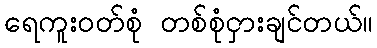
ရေကူးဝတ်စုံ တစ်စုံငှားချင်တယ်။